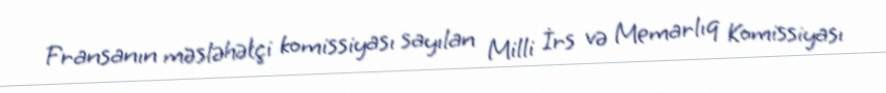
Fransanın məsləhətçi komissiyası sayılan Milli İrs və Memarlıq Komissiyası